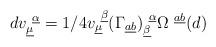
LaTeX: \begin{align*} d v^{~\underline{\alpha}}_{\underline{\mu}} = 1/4 v^{~\underline{\beta}}_{\underline{\mu}} (\Gamma_{\underline{a}\underline{b}})^{~\underline{\alpha}}_{\underline{\beta}} \Omega^{~\underline{a}\underline{b}} (d) \qquad\end{align*}